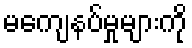
မကျေနပ်မှုများကို